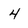
Character: 4